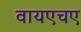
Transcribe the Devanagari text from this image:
वायएचए